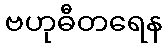
ဗဟုဓီတရေန